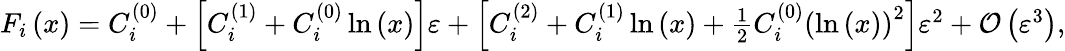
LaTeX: \begin{array}{r}{F_{i}\left(x\right)=C_{i}^{(0)}+\left[C_{i}^{(1)}+C_{i}^{(0)}\ln\left(x\right)\right]\varepsilon+\left[C_{i}^{(2)}+C_{i}^{(1)}\ln\left(x\right)+\frac{1}{2}C_{i}^{(0)}\left(\ln\left(x\right)\right)^{2}\right]\varepsilon^{2}+{\mathcal O}\left(\varepsilon^{3}\right),}\end{array}